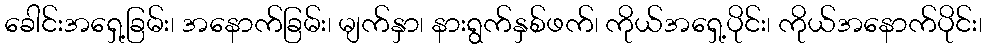
ခေါင်းအရှေ့ခြမ်း၊ အနောက်ခြမ်း၊ မျက်နှာ၊ နားရွက်နှစ်ဖက်၊ ကိုယ်အရှေ့ပိုင်း၊ ကိုယ်အနောက်ပိုင်း၊